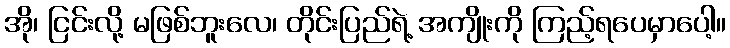
အို၊ ငြင်းလို့ မဖြစ်ဘူးလေ၊ တိုင်းပြည်ရဲ့ အကျိုးကို ကြည့်ရပေမှာပေါ့။